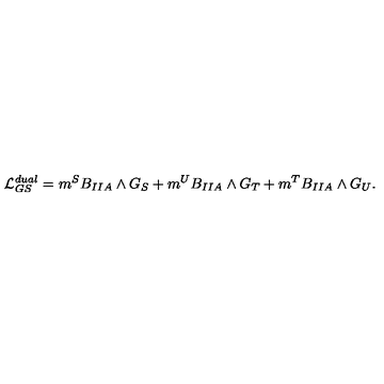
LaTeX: { \cal L } _ { G S } ^ { d u a l } = m ^ { S } B _ { I I A } \wedge G _ { S } + m ^ { U } B _ { I I A } \wedge G _ { T } + m ^ { T } B _ { I I A } \wedge G _ { U } .